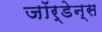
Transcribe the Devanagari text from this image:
जॉर्डेन्स